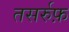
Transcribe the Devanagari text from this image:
तसर्रुफ़